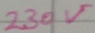
Text: 230V